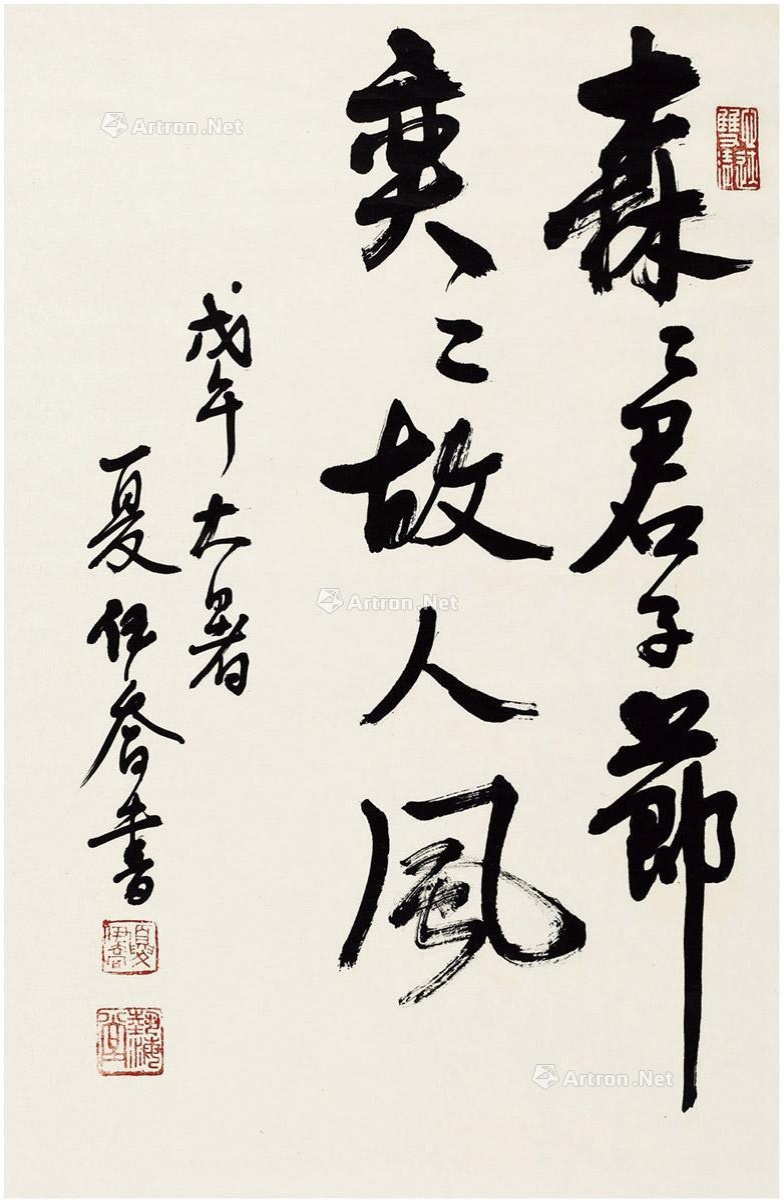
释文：森森君子节，奕奕故人风。戊午大暑，夏伊乔书。